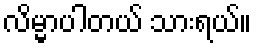
လိမ္မာပါတယ် သားရယ်။